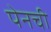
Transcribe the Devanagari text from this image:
पेनची